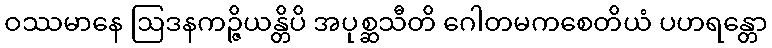
ဝဿမာနေ ဩဒနကဉ္ဇိယန္တိပိ အပုစ္ဆသီတိ ဂေါတမကစေတိယံ ပဟရန္တော